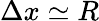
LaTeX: \Delta x\simeq R